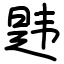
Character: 韪